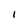
Character: i